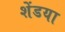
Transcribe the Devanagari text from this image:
शेंडया